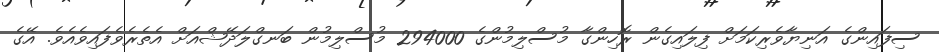
ސިފައިންގެ އަނިޔާވެރިކަމަށް ފިލައިގެން ރޮހިންގާ މުސްލިމުންގެ 294000 މުސްލިމުން ބަނގްލަދޭޝްއަށް އެތެރެވެފައިވެއެވެ. އޭގެ